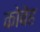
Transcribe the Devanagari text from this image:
कोबेह